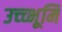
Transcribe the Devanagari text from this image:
उच्च्भूमि